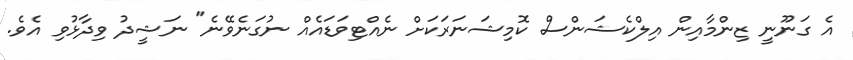
އެ ގަނޫނީ ޒިންމާއިން އިލްކެޝަންސް ކޮމިޝަނަރަކަށް ނެއްޓިވަޑައެއް ނުގަނެވޭނެ" ނަޝީދު ވިދާޅުވި އެވެ.